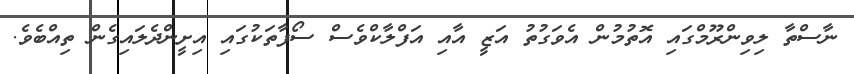
ނާސްތާ ލިވިންރޫމްގައި އޮތުމުން އެވަގުތު އަޒީ އާއި އަފްލާކްވެސް ސޯފާތަކުގައި އިށީންދެލައިގެން ތިއްބެވެ.